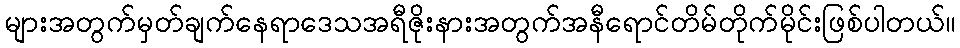
များအတွက်မှတ်ချက်နေရာဒေသအရီဇိုးနားအတွက်အနီရောင်တိမ်တိုက်မိုင်းဖြစ်ပါတယ်။